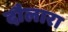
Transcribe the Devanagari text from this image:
दौलारा